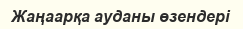
Жаңаарқа ауданы өзендері